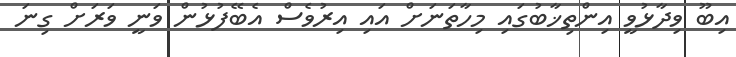
އިބޫ ވިދާޅުވީ އިންތިޚާބުގައި މިހާތަނަށް އައި އިރުވެސް އެބޭފުޅުން ވަނީ ވަރަށް ގިނަ